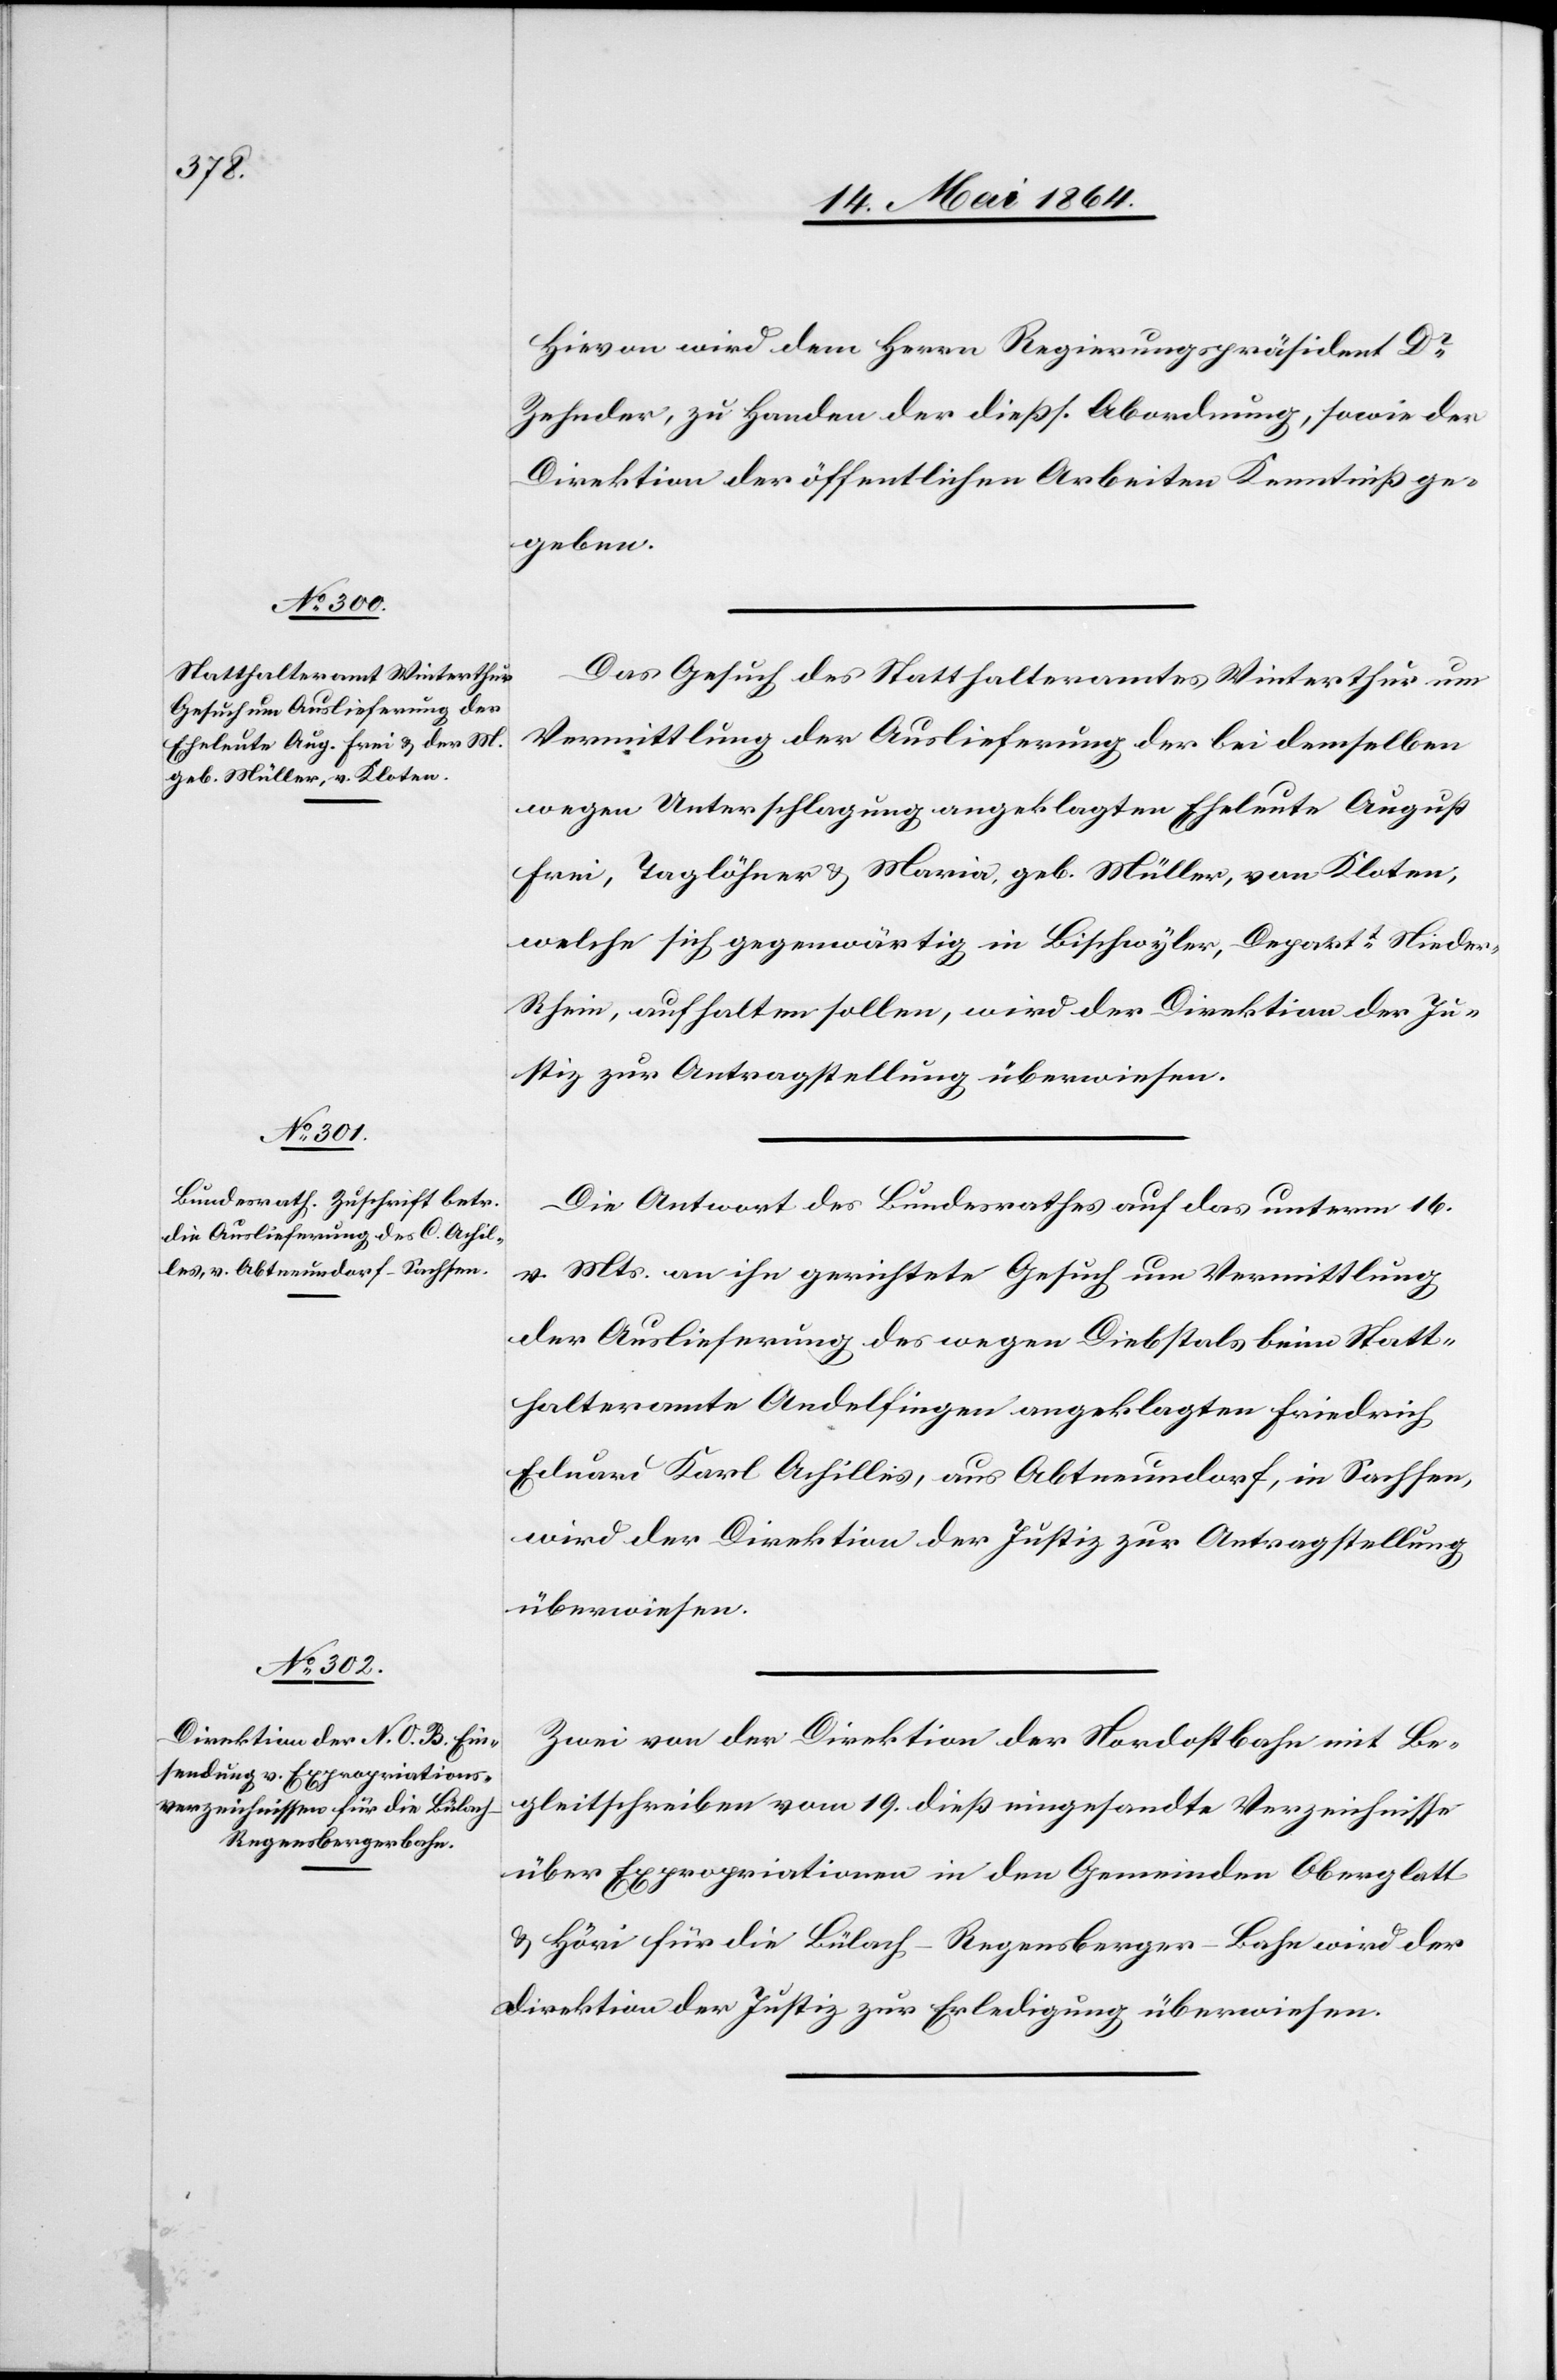
20. Mai 1864.]
Hievon wird dem Herrn Regierungspräsident Dr
Zehnder, zu Handen der dießs. Abordnung, sowie der
Direktion der öffentlichen Arbeiten Kenntniß ge¬
geben.
Das Gesuch des Statthalteramtes Winterthur um
Vermittlung der Auslieferung der bei demselben
wegen Unterschlagung angeklagten Eheleute August
Frei, Taglöhner u. Maria, geb. Müller, von Kloten,
welche sich gegenwärtig in Bischwyler, Departt Niede¬
r-Rhein, aufhalten sollen, wird der Direktion der Ju¬
stiz zur Antragstellung überwiesen.
Die Antwort des Bundesrathes auf das unterm 16.
v. Mts. an ihn gerichtete Gesuch um Vermittlung
der Auslieferung des wegen Diebstals beim Statt¬
halteramte Andelfingen angeklagten Friedrich
Eduard Karl Achilles, aus Abtneundorf, in Sachsen,
wird der Direktion der Justiz zur Antragstellung
überwiesen.
Zwei von der Direktion der Nordostbahn mit Be¬
gleitschreiben vom 19. dieß eingesandte Verzeichnisse
über Expropriationen in den Gemeinden Oberglatt
u. Höri für die Bülach–Regensberger-Bahn wird der
Direktion der Justiz zur Erledigung überwiesen.